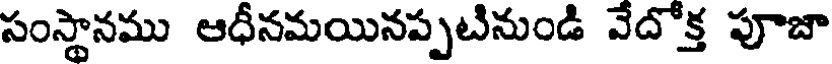
సంస్థానము ఆధీనమయినప్పటినుండి వేదోక్త పూజా